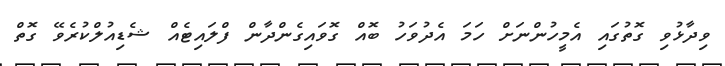
ވިދާޅުވި ގޮތުގައި އެމީހުންނަށް ހަމަ އެދުވަހު ބޮއް ގޮވައިގެންދާން ފްލައިޓެއް ޝެޑިއުލްކުރެވޭ ގޮތް